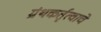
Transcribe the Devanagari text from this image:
ग्रंथकर्तृत्वाचे